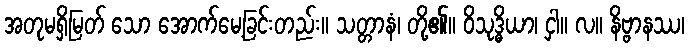
အတုမရှိမြတ် သော အောက်မေ့ခြင်းတည်း။ သတ္တာနံ၊ တို့၏။ ဝိသုဒ္ဓိယာ၊ ငှါ။ လ။ နိဗ္ဗာနဿ၊